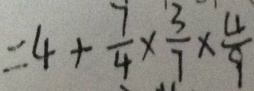
= 4 + \frac { 7 } { 4 } \times \frac { 3 } { 7 } \times \frac { 4 } { 9 }